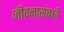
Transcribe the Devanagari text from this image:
जीवनासंबधी